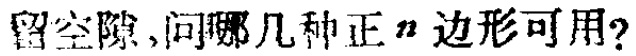
留空隙,问哪几种正\(n\)边形可用?